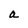
Character: a